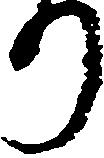
り